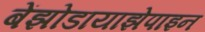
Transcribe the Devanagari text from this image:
बेंझोडायाझेपाइन